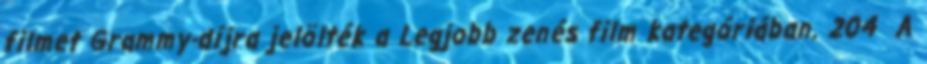
filmet Grammy-díjra jelölték a Legjobb zenés film kategóriában. 204 A